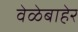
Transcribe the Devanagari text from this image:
वेळेबाहेर